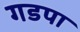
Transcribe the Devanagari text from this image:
गडपा